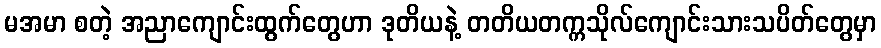
မအမာ စတဲ့ အညာကျောင်းထွက်တွေဟာ ဒုတိယနဲ့ တတိယတက္ကသိုလ်ကျောင်းသားသပိတ်တွေမှာ